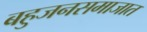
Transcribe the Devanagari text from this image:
बहुजनसमाजात